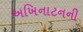
અખિનાટનની